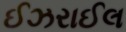
ઈઝરાઈલ